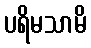
ပရိမသာမိ